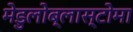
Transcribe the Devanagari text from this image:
मेडुलोब्लास्टोमा